Report on sanitation, dispensaries, and jails in Rajputana for 1914, and on vaccination for the year 1914-1915 - 1914-1915
Year: 1914
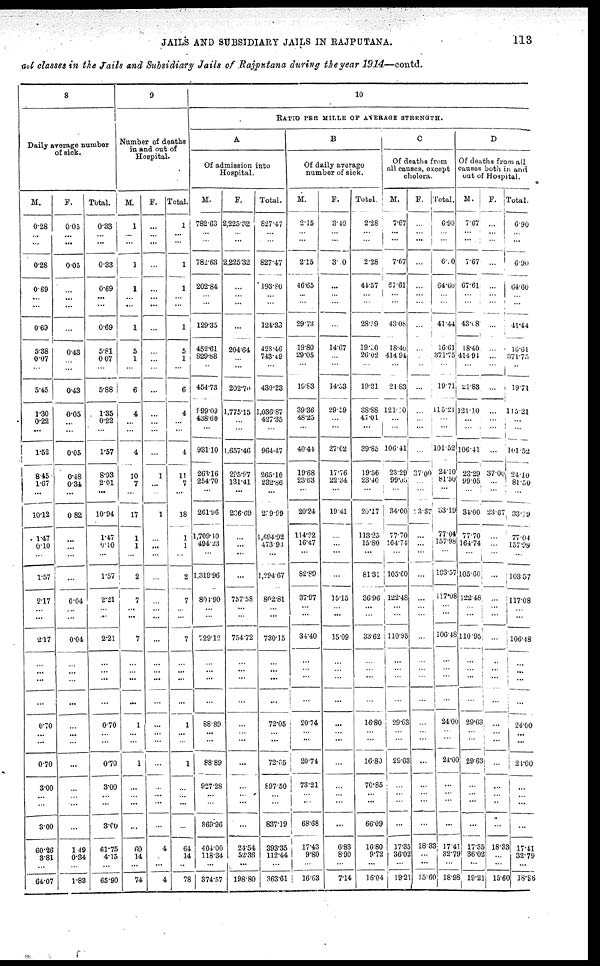
JAILS AND SUBSIDIARY JAILS IN RAJPUTANA.
113
all classes in the Jails and Subsidiary Jails of Rajputana during the year 1914—contd.
8
Daily average number
of sick.
M.
0.28
...
...
0.28
0.69
...
...
0.69
5.38
0.07
...
5.45
1.30
0.22
...
1.52
8.45
1.67
...
10.12
1.47
0.10
...
1.57
2.17
...
...
2.17
...
...
...
...
0.70
...
...
0.70
3.00
...
...
3.00
60.26
3.81
...
64.07
F.
0.05
...
...
0.05
...
...
...
...
0.43
...
...
0.43
0.05
...
...
0.05
0.48
0.34
...
0.82
...
...
...
...
0.04
...
...
0.04
...
...
...
...
...
...
...
...
...
...
...
...
1.49
0.34
...
1.83
Total.
0.33
...
...
0.33
0.69
...
...
0.69
5.81
0.07
...
5.88
1.35
0.22
...
1.57
8.93
2.01
...
10.94
1.47
9.10
...
1.57
2.21
...
...
2.21
...
...
...
...
0.70
...
...
0.70
3.00
...
...
3.00
61.75
4.15
...
65.90
9
Number of deaths
in and out of
Hospital.
M.
1
...
...
1
1
...
...
1
5
1
...
6
4
...
...
4
10
7
...
17
1
1
...
2
7
...
...
7
...
...
...
...
1
...
...
1
...
...
...
...
60
14
...
74
F.
...
...
...
...
...
...
...
...
...
...
...
...
...
...
...
...
1
...
...
1
...
...
...
...
...
...
...
...
...
...
...
...
...
...
...
...
...
...
...
...
4
...
...
4
Total.
1
...
...
1
1
...
...
1
5
1
...
6
4
...
...
4
11
7
...
18
1
1
...
2
7
...
...
7
...
...
...
...
1
...
...
1
...
...
...
...
64
14
...
78
10
RATIO PER MILLE OF AVERAGE STRENGTH.
A
Of admission into
Hospital.
M.
782.63
...
...
782.63
202.84
...
...
129.35
452.61
829.88
...
454.73
999.09
438.60
...
931.10
263.16
254.70
...
261.96
1,709.10
494.23
...
1,319.96
801.90
...
...
729.12
...
...
...
...
88.89
...
...
88.89
927.28
...
...
869.96
404.00
118.34
...
374.57
F.
2,225.32
...
...
2,225.32
...
...
...
...
204.64
...
...
202.70
1,775.15
...
...
1,657.46
295.97
131.41
...
206.69
...
...
...
...
757.58
...
...
754.72
...
...
...
...
...
...
...
...
...
...
...
...
24.54
52.36
...
198.80
Total.
827.47
...
...
827.47
193.80
...
...
124.33
428.46
743.49
...
430.23
1,036.87
427.35
...
964.47
265.10
232.86
...
259.99
1 ,694.92
473.93
...
1,294.67
802.81
...
...
730.15
...
...
...
...
72.05
...
...
72.05
897.50
...
...
837.19
393.35
112.44
...
363.61
B
Of daily average
number of sick.
M.
2.15
...
...
2.15
46.65
...
...
29.73
19.80
29.05
...
19.83
39.36
48.25
...
40.41
19.68
23.63
...
20.24
114.22
16.47
...
82.89
37.97
...
...
34.40
...
...
...
...
20.74
...
...
20.74
73.21
...
...
68.68
17.43
9.80
...
16.63
F.
3.40
...
...
3. 0
...
...
...
...
14.67
...
...
14.53
29.09
...
...
27.62
17.76
22.34
...
19.41
...
...
...
...
15.15
...
...
15.09
...
...
...
...
...
...
...
...
...
...
...
...
6.83
8.90
...
7.14
Total.
2.28
...
...
2.28
44.57
...
...
28.79
19.30
26.02
...
19.31
38.88
47.01
...
39.85
19.56
23.40
...
20.17
113.25
15.80
...
81.31
36.96
...
...
33.62
...
...
...
...
16.80
...
...
16.80
70.85
...
...
66.09
16.80
9.72
...
16.04
C
Of deaths from
all causes, except
cholera.
M.
7.67
...
...
7.67
67.61
...
...
43.08
18.40
414.94
...
21.83
121.10
...
...
106.41
23.29
99.05
...
34.00
77.70
164.74
...
105.60
122.48
...
...
110.95
...
...
...
...
29.63
...
...
29.63
...
...
...
...
17.35
36.02
...
19.21
F.
...
...
...
...
...
...
...
...
...
...
...
...
...
...
...
...
37.00
...
...
13.67
...
...
...
...
...
...
...
...
...
...
...
...
...
...
...
...
...
...
...
...
18.33
...
...
15.60
Total.
6.90
...
...
6.00
64.60
...
...
41.44
16.61
371.75
...
19.71
115.21
...
...
101.52
24.10
81.50
...
33.19
77.04
157.98
...
103.57
117.08
...
...
106.48
...
...
...
...
24.00
...
...
24.00
...
...
...
...
17.41
32.79
...
18.98
D
Of deaths from all
causes both in and
out of Hospital.
M.
7.67
...
...
7.67
67.61
...
...
43.18
18.40
414.94
...
21.88
121.10
...
...
106.41
23.29
99.05
...
34.00
77.70
164.74
...
105.60
122.48
...
...
110.95
...
...
...
...
29.63
...
...
29.63
...
...
...
...
17.35
36.02
...
19.21
F.
...
...
...
...
...
...
...
...
...
...
...
...
...
...
...
...
37.00
...
...
23.67
...
...
...
...
...
...
...
...
...
...
...
...
...
...
...
...
...
...
...
...
18.33
...
...
15.60
Total.
6.90
...
...
6.90
64.60
...
...
41.44
10.61
371.75
...
19.71
115.21
...
...
101.52
24.10
81.50
...
33.19
77.04
157.98
...
103.57
117.08
...
...
106.48
...
...
...
...
24.00
...
...
24.00
...
...
...
...
17.41
32.79
...
18.98